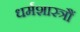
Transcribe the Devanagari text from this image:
धर्मशास्त्रौं